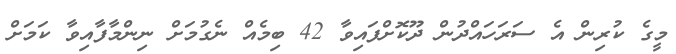
މީގެ ކުރިން އެ ސަރަހައްދުން ދޫކޮށްފައިވާ 42 ބިމެއް ނެގުމަށް ނިންމާފާއިވާ ކަމަށް